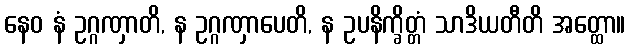
နေဝ နံ ဥဂ္ဂဏှာတိ, န ဥဂ္ဂဏှာပေတိ, န ဥပနိက္ခိတ္တံ သာဒိယတီတိ အတ္ထော။